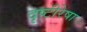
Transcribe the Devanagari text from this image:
दृष्टीरेषा